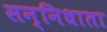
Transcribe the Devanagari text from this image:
सन्निधाता